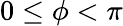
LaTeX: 0\le\phi<\pi